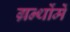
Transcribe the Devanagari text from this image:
ग्रन्थोंमें